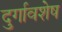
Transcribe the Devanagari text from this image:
दुर्गावशेष